Lunatic asylums Madras 1892-1911 - 1892-1911
Year: 1892
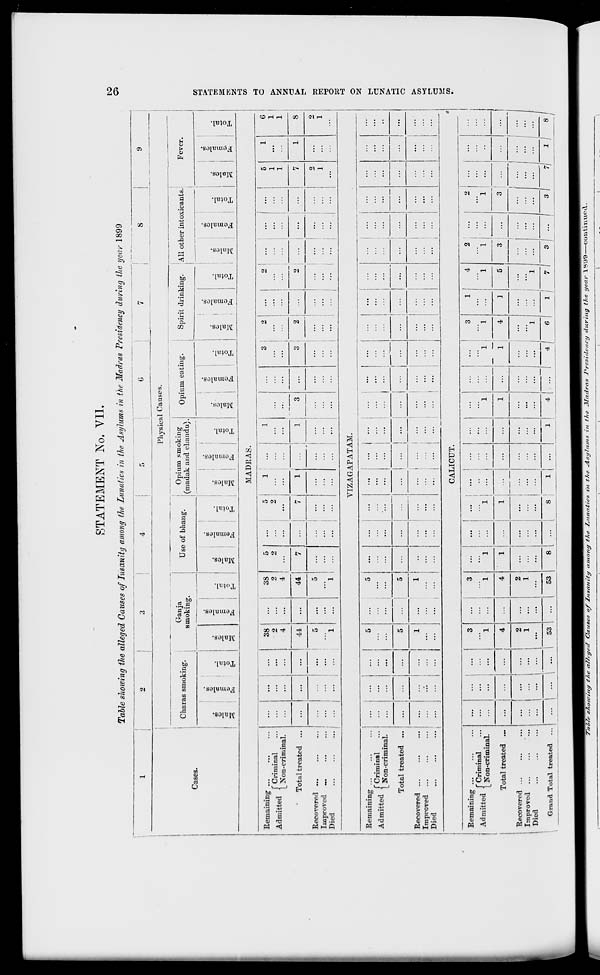
STATEMENT No. VII.
Table showing the alleged Causes of Insanity among the Lunatics in the Asylums in the Madras Presidency during the year 1899
4
Cases.
Charas smoking.
u.
3
3
fa
o
Gan j a
smoking.
o
"3
ID
"3
o
3
Use of bhang.
to
o
3
CO
■a
~
S
o
fa
EH
Opium smoking
(madak and chandu).
Physical Causes.
Opium eating.
CO
CD
I -3 I" 1
o
fa
o
EH
-
o
fa
o
EH
Spirit drinking.
AH other intoxicants.
Fever.
CO
CD
r5
CD
3
£
o
fa
CO
CD
CO
CD
o
EH
CD
o
fa
E-i
CO
CD
.
CO
6J
CD
=
l
C5
CD.
a fa
MADRAS.
Remaining ...
Admitted f^'™ 1 . :•
[_ Json-criminal.
Total treated ...
Recovered ...
Improved
Died
•
38
2
4
44
...
38
2
4
5
2
...
...
5 i
2 i
...
44 !
7
...
7
...
5
"l
...
...
3
...
J
...
...
3
2
■" i
...
...
...
::: ;
VIZAGAPATAM.
riminal
on-criminal.
Remaining ...
Admitted f £
Total treated
Recovered ...
Improved ...
Died
™ i j_|
5
1
1
1
7
1
2
1
CJ
o
EH
G
1
1
2
1
w
>
1-3
H
a
H
CO
K3
C
P>
a
as
O
o
t- 1
a
>
>—
i—i
a
>
f
a
U2
CALICUT.
Remaining ...
Admitted
("Criminal
\ Non-criminal.
Total treated
Recovered ...
Improved
Died
Grand Total treated
53
3
...
...
1
1
4
2
1
1
...
...
53
8 . —
8 :
I -
2
1
3
'*
...
...
...
1
3
...
7W£/r s7/o/vi'jit/ t/<e af/ft/erf Causes of Insanity ttmotig the I^utiatics in t/ie Asylums in the ^ladras Presidency during the year \yy9
001111111101\.